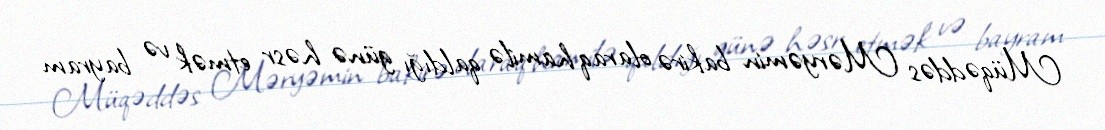
Müqəddəs Məryəmin bakirə olaraq hamilə qaldığı günə həsr etmək və bayram